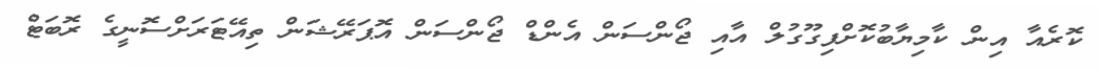
ކޮރެއާ އިން ކާމިޔާބުކޮށްފިގޫގުލް އާއި ޖޯންސަން އެންޑް ޖޯންސަން އޮޕަރޭޝަން ތިއޭޓަރަށްސޮނީގެ ރޮބަޓް